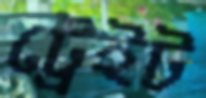
ট্রেইট